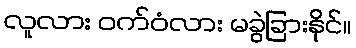
လူလား ဝက်ဝံလား မခွဲခြားနိုင်။